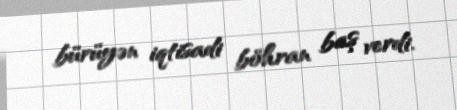
bürüyən iqtisadi böhran baş verdi.